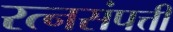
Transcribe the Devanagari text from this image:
रत्नसंपत्ती